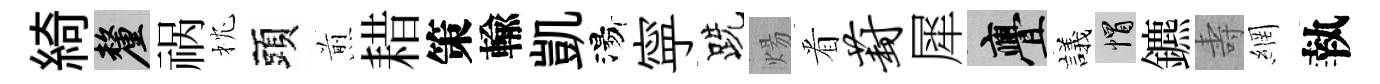
綺厘祸枕頭煎耤策輸凱湯寜跣煬㸔葑犀亹議帽鑣壽網執